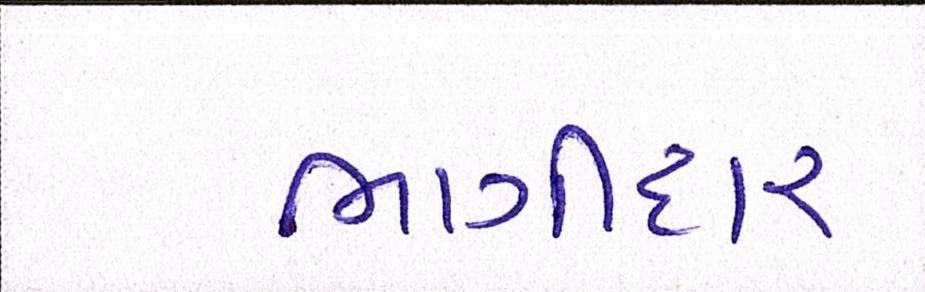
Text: ભાગીદાર